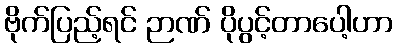
ဗိုက်ပြည့်ရင် ဉာဏ် ပိုပွင့်တာပေါ့ဟာ